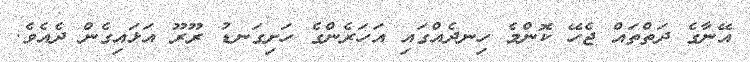
އޭނާގެ ދަތްތައް ޖެހޭ ކޮންމެ ހިނދެއްގައި އަހަރެންގެ ހަށިގަނޑު ރޫރޫ އަޅައިގެން ދެއެވެ.